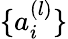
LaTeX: \{ a_{i}^{(l)}\}